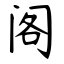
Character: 阁